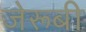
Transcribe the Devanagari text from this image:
जेरूबी